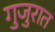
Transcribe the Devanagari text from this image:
गुजुरात